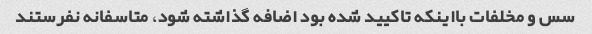
سس و مخلفات بااینکه تاکیید شده بود اضافه گذاشته شود، متاسفانه نفرستند